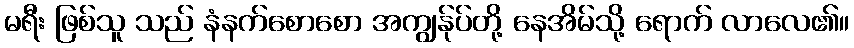
မရီး ဖြစ်သူ သည် နံနက်စောစော အကျွန်ုပ်တို့ နေအိမ်သို့ ရောက် လာလေ၏။